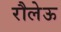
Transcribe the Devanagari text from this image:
रौलेऊ